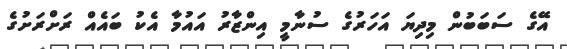
އޭގެ ސަބަބުން މިދިޔަ އަހަރުގެ ސުނާމީ އިންޒާރު އައުމާ އެކު ބައެއް ރަށްރަށުގެ